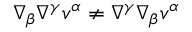
\nabla _ { \beta } \nabla ^ { \gamma } v ^ { \alpha } \neq \nabla ^ { \gamma } \nabla _ { \beta } v ^ { \alpha }